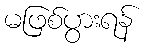
မဖြစ်ပွားရန်